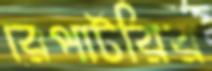
রেপার্টরির